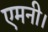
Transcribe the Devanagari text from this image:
एमनी।